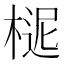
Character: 𣖗